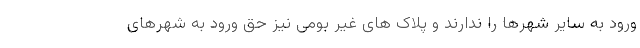
ورود به سایر شهرها را ندارند و پلاک های غیر بومی نیز حق ورود به شهرهای